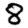
Digit: 8